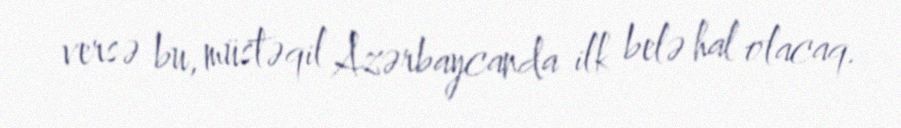
versə bu, müstəqil Azərbaycanda ilk belə hal olacaq.